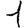
Digit: 1